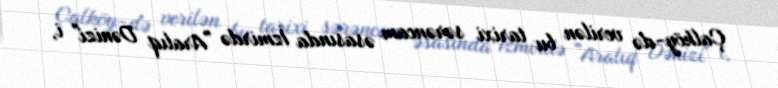
Çalköy-də verilən bu tarixi sərəncam əsasında İzmirdə "Aralıq Dənizi" i,